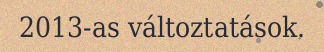
2013-as változtatások.